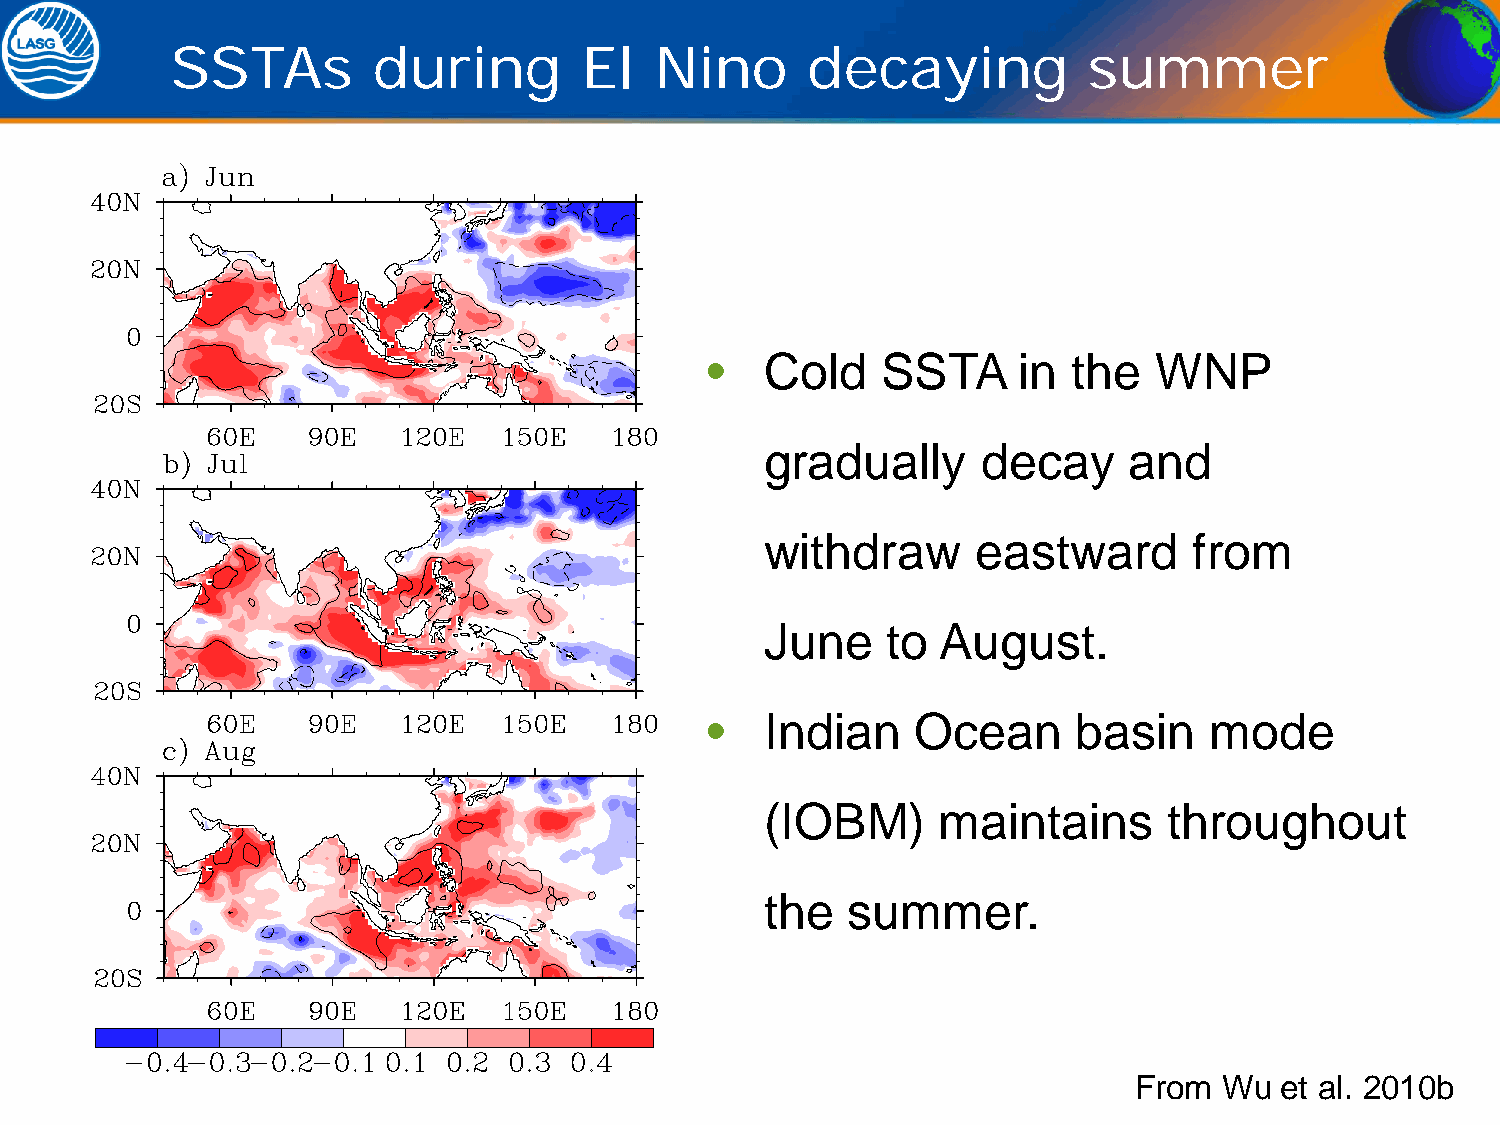
SSTAs         during       El   Nino      decaying           summer
 •   Cold   SSTA     in  the  WNP
 gradually     decay     and
 withdraw      eastward      from
 June    to August.
 •   Indian    Ocean     basin    mode
 (IOBM)     maintains      throughout
 the  summer.
 From  Wu  et al. 2010b